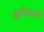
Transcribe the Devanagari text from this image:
कैफियती